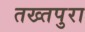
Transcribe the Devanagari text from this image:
तख्तपुरा